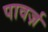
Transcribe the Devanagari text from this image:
पावर्ज़